Annual report on the mental hospital in the Central Provinces and Berar (Nagpur) - 1927-1951
Year: 1927
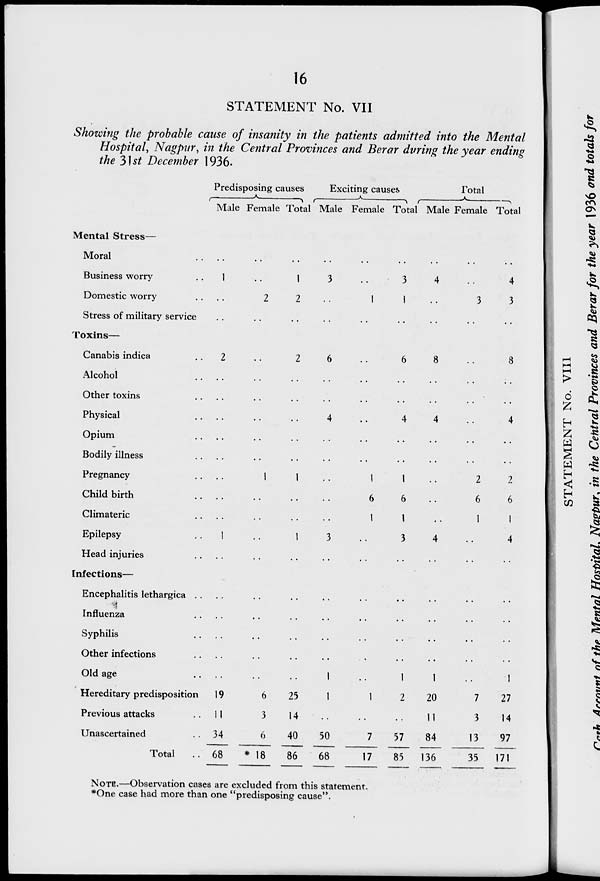
16
STATEMENT No. VII
Showing the probable cause of insanity in the patients admitted into the Mental
Hospital, Nagpur, in the Central Provinces and Berar during the year ending
the 31st December 1936.
Mental Stress—
Moral ..
Business worry ..
Domestic worry ..
Stress of military service
Toxins—
Canabis indica ..
Alcohol ..
Other toxins ..
Physical ..
Opium ..
Bodily illness ..
Pregnancy ..
Child birth ..
Climateric ..
Epilepsy ..
Head injuries ..
Infections—
Encephalitis lethargica ..
Influenza ..
Syphilis ..
Other infections ..
Old age ..
Hereditary predisposition
Previous attacks ..
Unascertained ..
Total ..
Predisposing causes
Male
..
1
..
..
2
..
..
..
..
..
..
..
..
1
..
..
..
..
..
..
19
11
34
68
Female
..
..
2
..
..
..
..
..
..
..
1
..
..
..
..
..
..
..
..
..
6
3
6
* 18
Total
..
1
2
..
2
..
..
..
..
..
1
..
..
1
..
..
..
..
..
..
25
14
40
86
Exciting causes
Male
..
3
..
..
6
..
..
4
..
..
..
..
..
3
..
..
..
..
..
1
1
..
50
68
Female
..
..
1
..
..
..
..
..
..
..
1
6
1
..
..
..
..
..
..
..
1
..
7
17
Total
..
3
1
..
6
..
..
4
..
..
1
6
1
3
..
..
..
..
..
1
2
..
57
85
Total
Male
..
4
..
..
8
..
..
4
..
..
..
..
..
4
..
..
..
..
..
1
20
11
84
136
Female
..
..
3
..
..
..
..
..
..
..
2
6
1
..
..
..
..
..
..
..
7
3
13
35
Total
..
4
3
..
8
..
..
4
..
..
2
6
1
4
..
..
..
..
..
1
27
14
97
171
NOTE.—Observation cases are excluded from this statement.
*One case had more than one "predisposing cause".